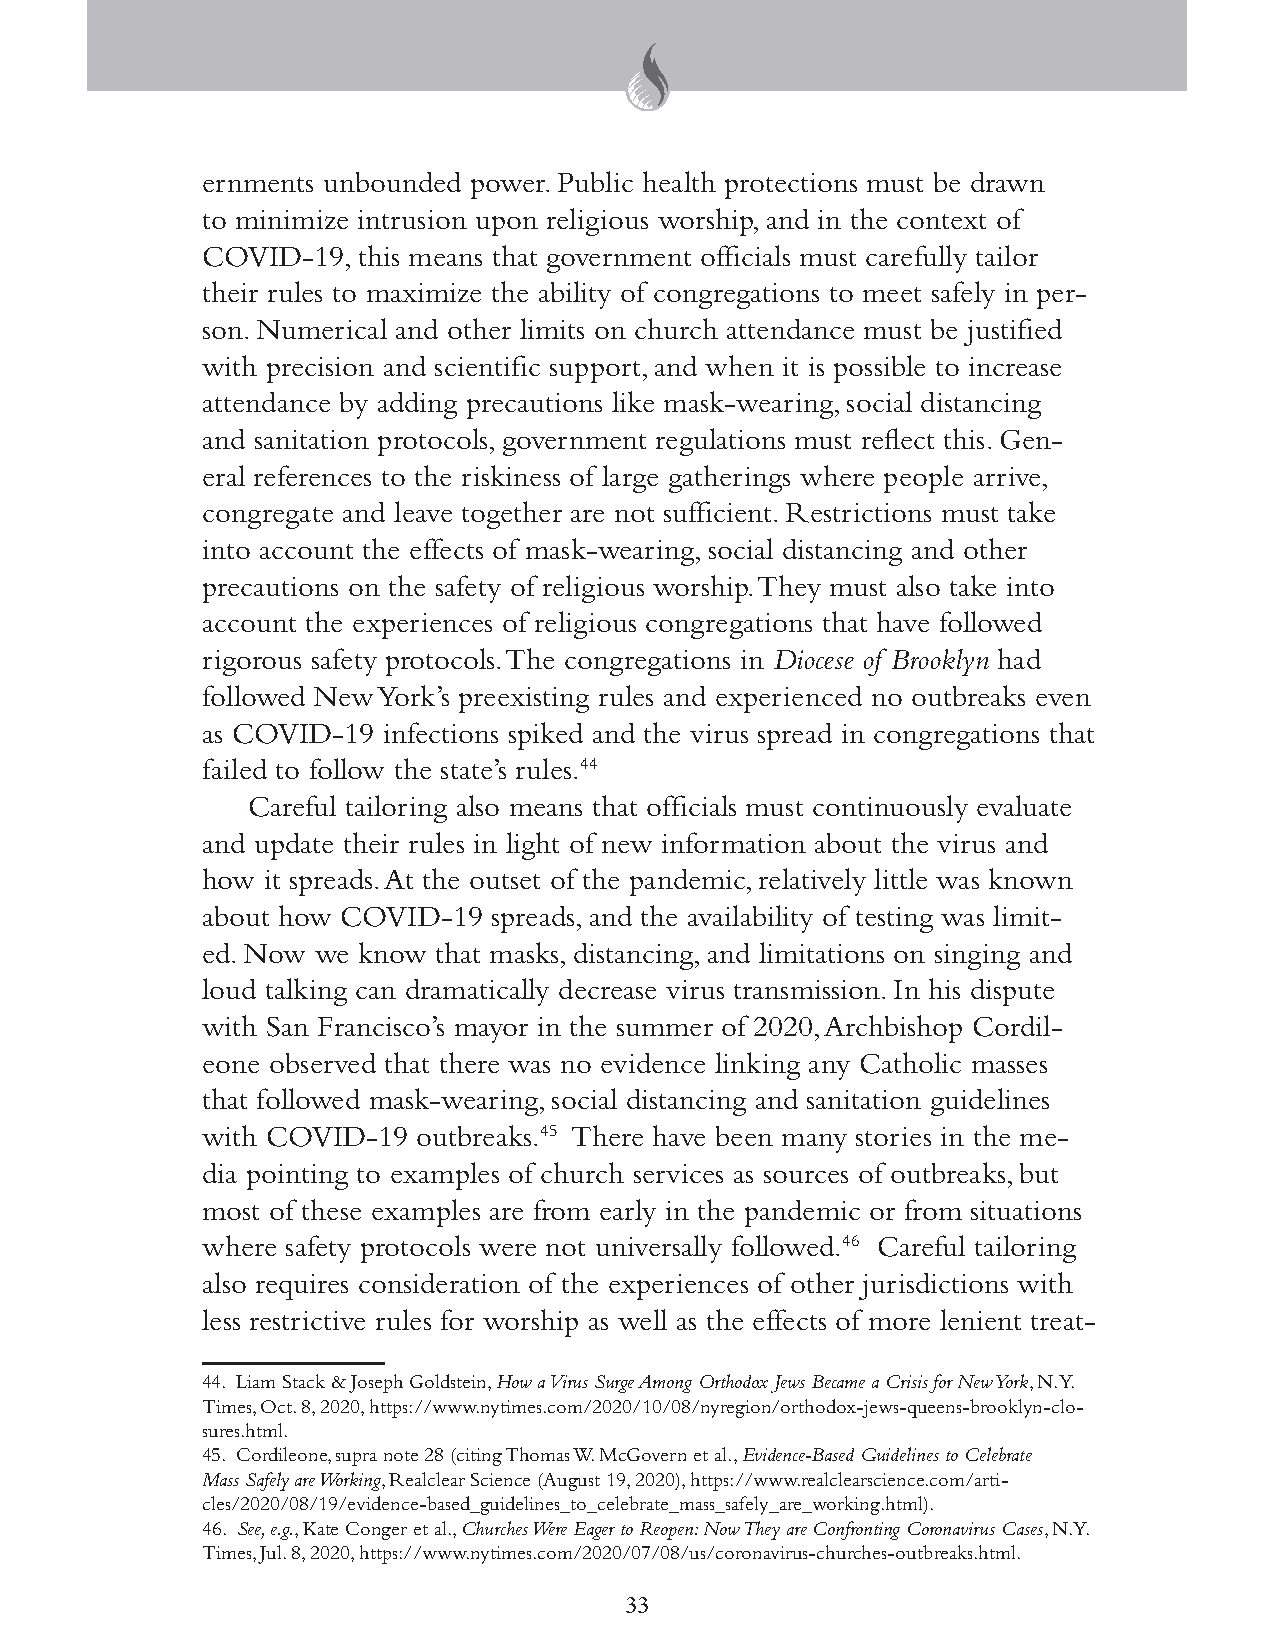
ernments unbounded power. Public health protections must be drawn
 to minimize intrusion upon religious worship, and in the context of
 COVID-19,  this means that government officials must carefully tailor
 their rules to maximize the ability of congregations to meet safely in per-
 son. Numerical and other limits on church attendance must be justified
 with precision and scientific support, and when it is possible to increase
 attendance by adding precautions like mask-wearing, social distancing
 and sanitation protocols, government regulations must reflect this. Gen-
 eral references to the riskiness of large gatherings where people arrive,
 congregate and leave together are not sufficient. Restrictions must take
 into account the effects of mask-wearing, social distancing and other
 precautions on the safety of religious worship. They must also take into
 account the experiences of religious congregations that have followed
 rigorous safety protocols. The congregations in Diocese of Brooklyn had
 followed New York’s preexisting rules and experienced no outbreaks even
 as COVID-19 infections spiked and the virus spread in congregations that
 failed to follow the state’s rules.44
 Careful tailoring also means that officials must continuously evaluate
 and update their rules in light of new information about the virus and
 how it spreads. At the outset of the pandemic, relatively little was known
 about how COVID-19  spreads, and the availability of testing was limit-
 ed. Now we know that masks, distancing, and limitations on singing and
 loud talking can dramatically decrease virus transmission. In his dispute
 with San Francisco’s mayor in the summer of 2020, Archbishop Cordil-
 eone observed that there was no evidence linking any Catholic masses
 that followed mask-wearing, social distancing and sanitation guidelines
 with COVID-19  outbreaks.45 There have been many stories in the me-
 dia pointing to examples of church services as sources of outbreaks, but
 most of these examples are from early in the pandemic or from situations
 where safety protocols were not universally followed.46 Careful tailoring
 also requires consideration of the experiences of other jurisdictions with
 less restrictive rules for worship as well as the effects of more lenient treat-
 44. Liam Stack & Joseph Goldstein, How a Virus Surge Among Orthodox Jews Became a Crisis for New York, N.Y.
 Times, Oct. 8, 2020, https://www.nytimes.com/2020/10/08/nyregion/orthodox-jews-queens-brooklyn-clo-
 sures.html.
 45. Cordileone, supra note 28 (citing Thomas W. McGovern et al., Evidence-Based Guidelines to Celebrate
 Mass Safely are Working, Realclear Science (August 19, 2020), https://www.realclearscience.com/arti-
 cles/2020/08/19/evidence-based_guidelines_to_celebrate_mass_safely_are_working.html).
 46. See, e.g., Kate Conger et al., Churches Were Eager to Reopen: Now They are Confronting Coronavirus Cases, N.Y.
 Times, Jul. 8, 2020, https://www.nytimes.com/2020/07/08/us/coronavirus-churches-outbreaks.html.
 33